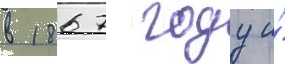
в 1867 году и́